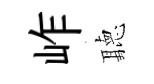
岞聽